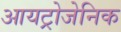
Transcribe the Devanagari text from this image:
आयट्रोजेनिक